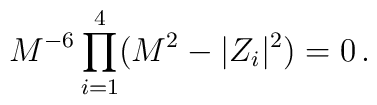
M^{-6}\prod_{i=1}^{4}(M^{2} -|Z_{i}|^{2})=0\, .